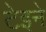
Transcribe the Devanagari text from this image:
टेइने